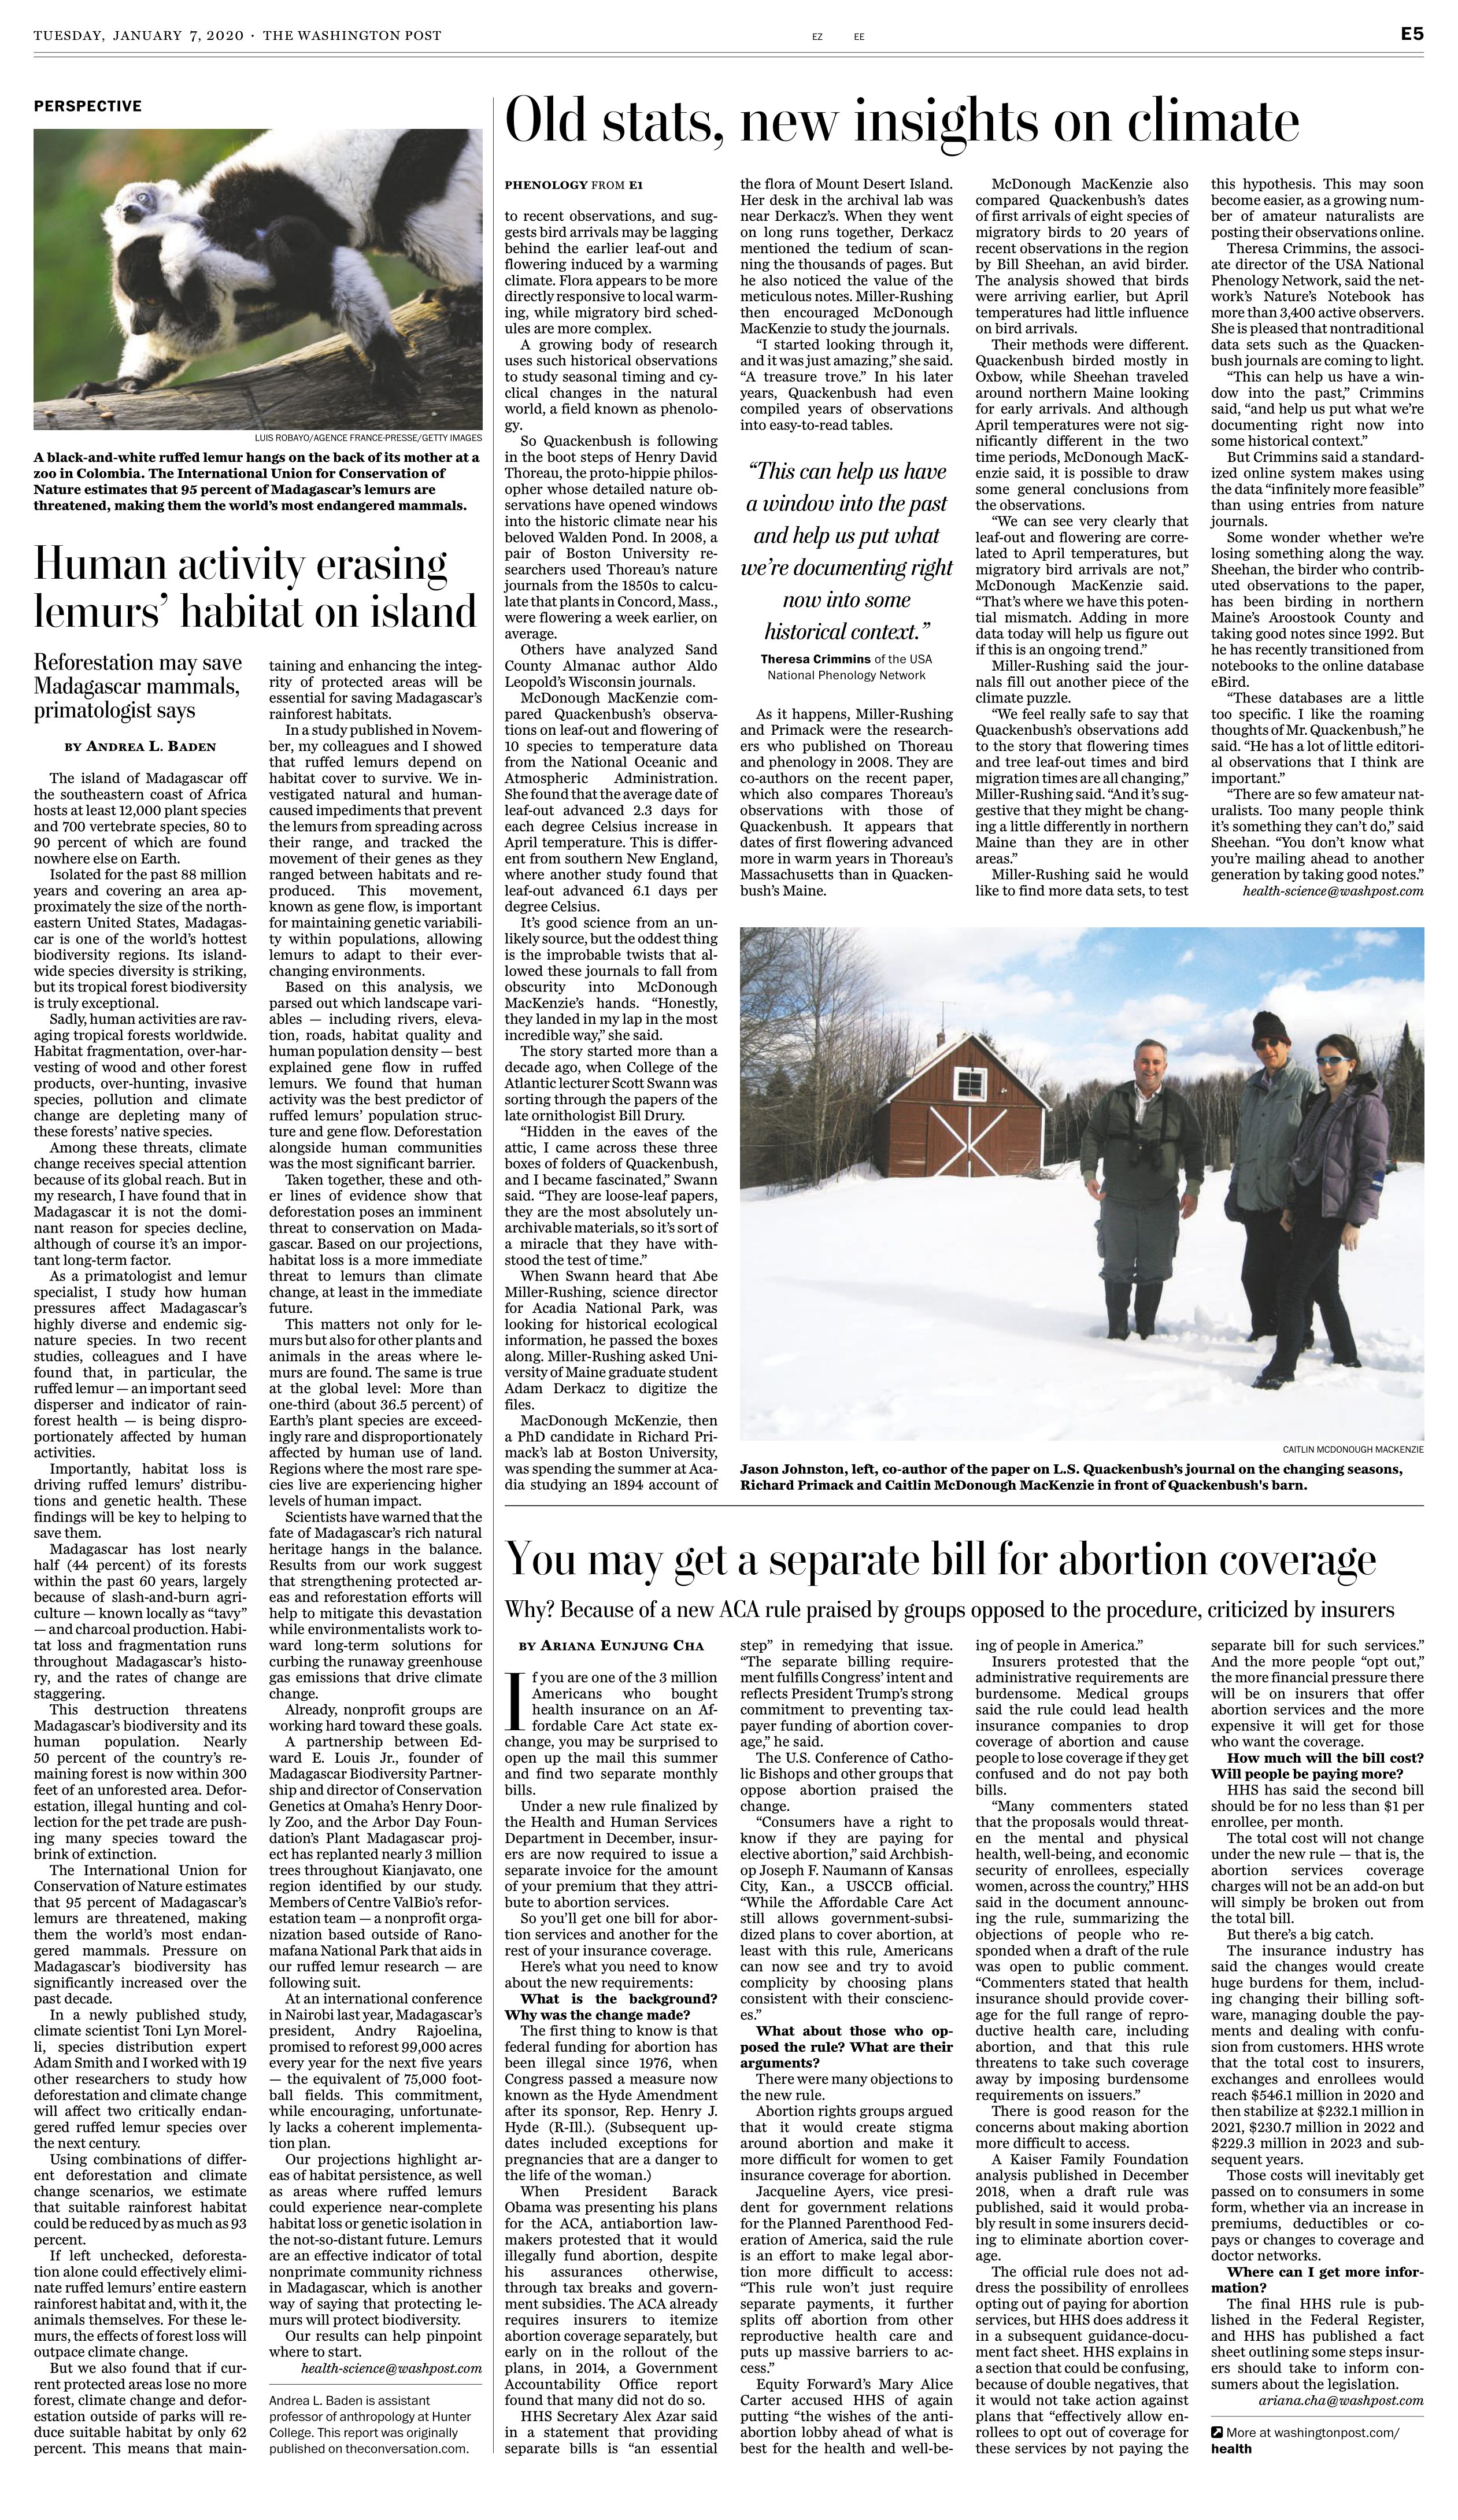
Language: en